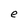
Character: e